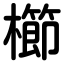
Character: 櫛